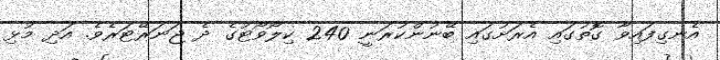
އެނގިފައިވާ ގޮތުގައި އެރަށުގައި ބޭނުންކުރަނީ 240 ކިލޯވޯޓުގެ ދެ ޖަނަރޭޓަރެވެ. އަދި މުޅި